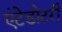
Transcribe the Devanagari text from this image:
एंटेडोटरी